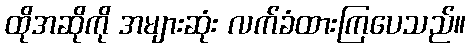
ထိုအဆိုကို အများဆုံး လက်ခံထားကြပေသည်။